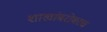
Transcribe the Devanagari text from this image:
शाखांबरोबरच